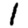
Digit: 1